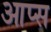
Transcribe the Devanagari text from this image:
आप्स